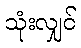
သုံးလျှင်